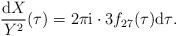
LaTeX: \begin{gather*}\frac{{\rm d}X}{Y^2}(\tau)=2\pi {\rm i} \cdot 3f_{27}(\tau){{\rm d}\tau}.\end{gather*}